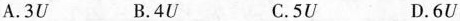
A.3U B.4U C.5U D.6U